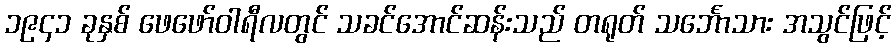
၁၉၄၁ ခုနှစ် ဖေဖော်ဝါရီလတွင် သခင်အောင်ဆန်းသည် တရုတ် သင်္ဘောသား အသွင်ဖြင့်